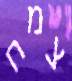
צמח